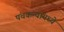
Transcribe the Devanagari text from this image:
पंचकन्यांमध्ये